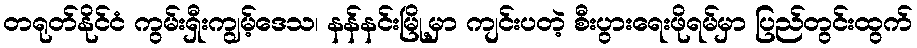
တရုတ်နိုင်ငံ ကွမ်းရှီးကျွမ့်ဒေသ၊ နန်နင်းမြို့မှာ ကျင်းပတဲ့ စီးပွားရေးဖိုရမ်မှာ ပြည်တွင်းထွက်